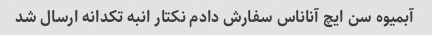
آبمیوه سن ایچ آناناس سفارش دادم نکتار انبه تکدانه ارسال شد